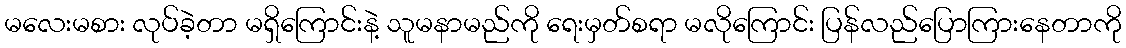
မလေးမစား လုပ်ခဲ့တာ မရှိကြောင်းနဲ့ သူမနာမည်ကို ရေးမှတ်စရာ မလိုကြောင်း ပြန်လည်ပြောကြားနေတာကို